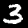
Digit: 3